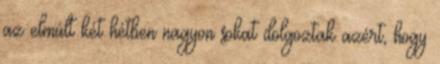
az elmúlt két hétben nagyon sokat dolgoztak azért, hogy